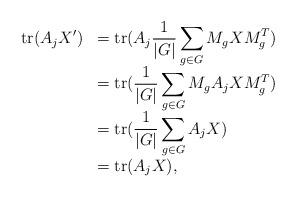
LaTeX: \begin{align*}\begin{array}{rl}\displaystyle \mathrm{tr}(A_jX') &= \displaystyle \mathrm{tr}(A_j\frac{1}{|G|} \sum_{g \in G}M_g X M_g^T) \\&= \displaystyle \mathrm{tr}(\frac{1}{|G|} \sum_{g \in G}M_g A_jX M_g^T) \\&= \displaystyle \mathrm{tr}(\frac{1}{|G|} \sum_{g \in G}A_jX ) \\&= \displaystyle \mathrm{tr}(A_jX),\end{array}\end{align*}